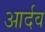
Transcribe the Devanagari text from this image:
आर्दव